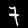
Digit: 7